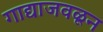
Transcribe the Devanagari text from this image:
गाद्याजवळून